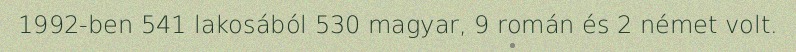
1992-ben 541 lakosából 530 magyar, 9 román és 2 német volt.